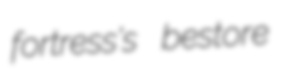
fortress's bestore